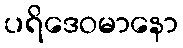
ပရိဒေဝမာနော